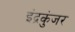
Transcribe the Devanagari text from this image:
इंद्रकुंजर